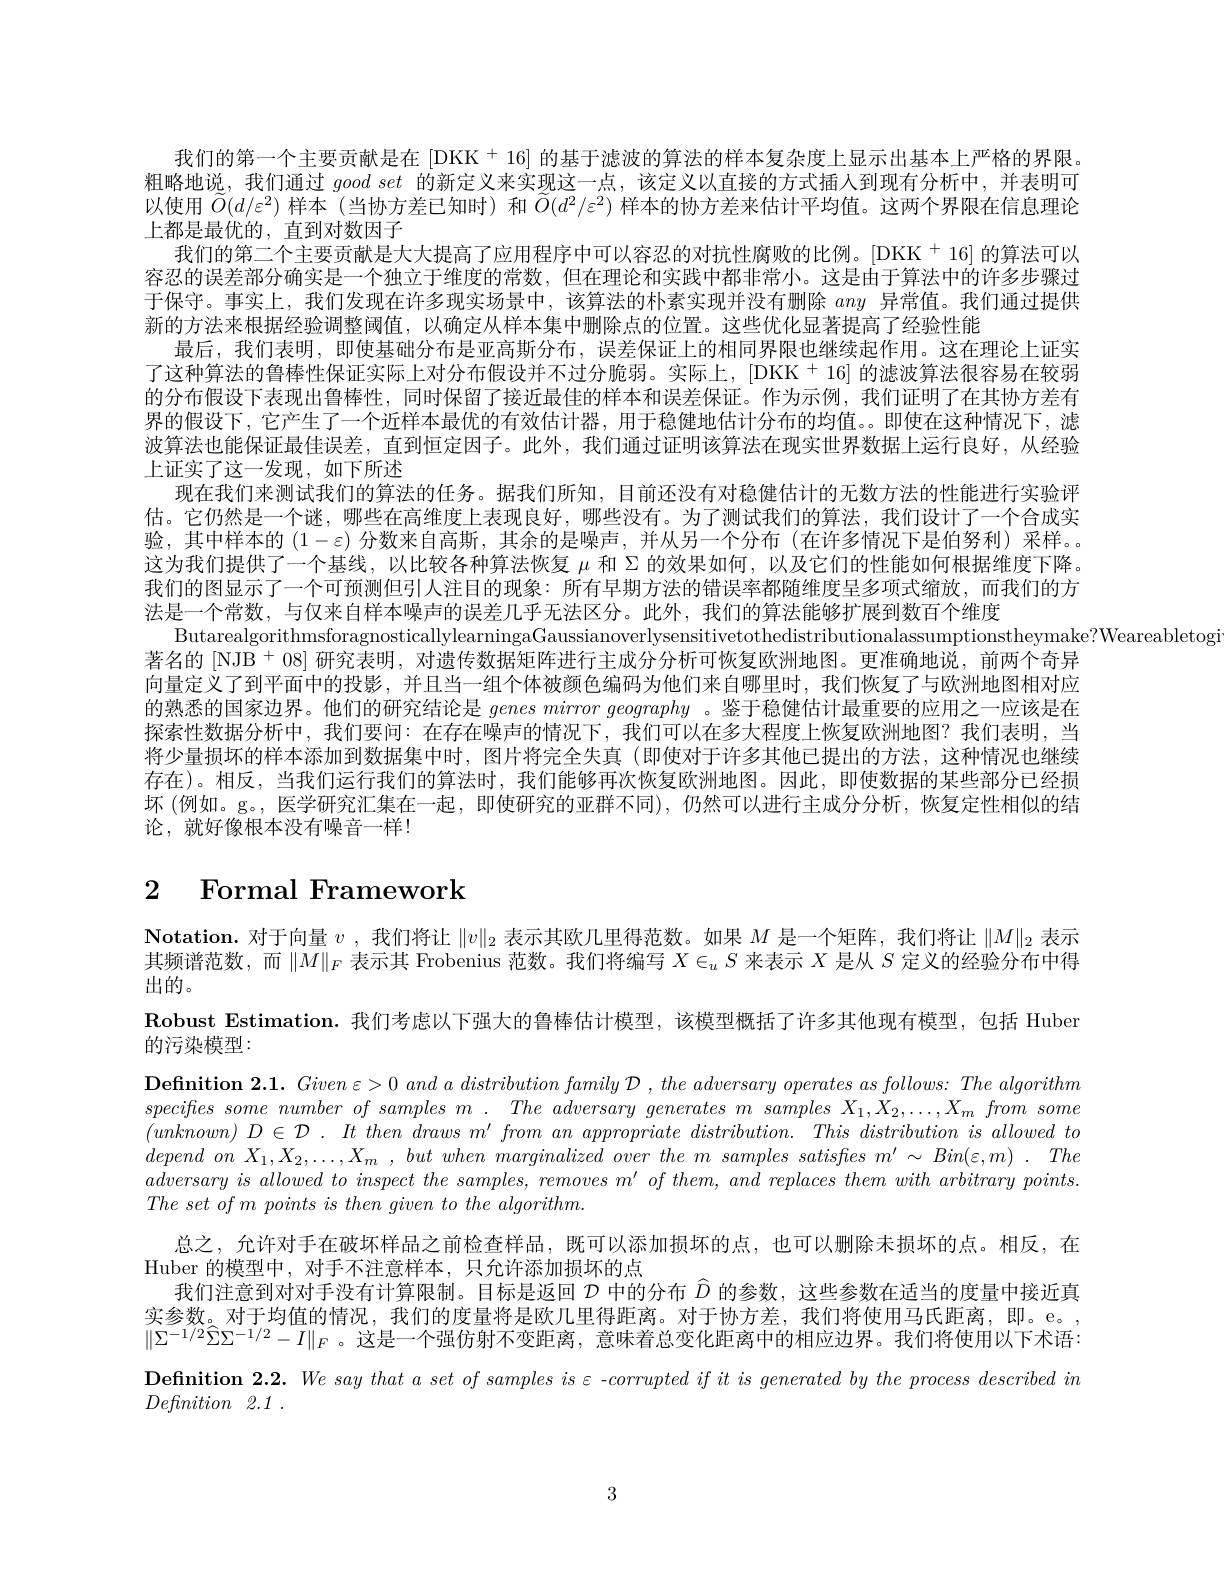
我们的第一个主要贡献是在 [DKK + 16] 的基于滤波的算法的样本复杂度上显示出基本上严格的界限。粗略地说，我们通过good set 的新定义来实现这一点，该定义以直接的方式插人到现有分析中，并表明可以使用$\widetilde{O}(d/\varepsilon^2)$样本 (当协方差已知时)和$\widetilde{O}(d^2/\varepsilon^2)$样本的协方差来估计平均值。这两个界限在信息理论上都是最优的，直到对数因子
$我们的第二个主要贡献是大大提高了应用程序中可以容忍的对抗性腐败的比例。[DKK^{+}16] 的算法可以$ 容忍的误差部分确实是一个独立于维度的常数，但在理论和实践中都非常小。这是由于算法中的许多步骤过于保守。事实上，我们发现在许多现实场景中，该算法的朴素实现并没有删除any异常值。我们通过提供新的方法来根据经验调整阈值，以确定从样本集中删除点的位置。这些优化显著提高了经验性能
最后，我们表明，即使基础分布是亚高斯分布，误差保证上的相同界限也继续起作用。这在理论上证实$了这种算法的鲁棒性保证实际上对分布假设并不过分脆弱。实际上，[DKK^{+}16] 的滤波算法很容易在较弱$ 的分布假设下表现出鲁棒性，同时保留了接近最佳的样本和误差保证。作为示例，我们证明了在其协方差有界的假设下，它产生了一个近样本最优的有效估计器，用于稳健地估计分布的均值。。即使在这种情况下，滤波算法也能保证最佳误差，直到恒定因子。此外，我们通过证明该算法在现实世界数据上运行良好，从经验上证实了这一发现，如下所述
现在我们来测试我们的算法的任务。据我们所知，目前还没有对稳健估计的无数方法的性能进行实验评估。它仍然是一个谜，哪些在高维度上表现良好，哪些没有。为了测试我们的算法，我们设计了一个合成实验，其中样本的$(1-\varepsilon)$分数来自高斯，其余的是噪声，并从另一个分布 (在许多情况下是伯努利)采样。。这为我们提供了一个基线，以比较各种算法恢复$\mu$和$\Sigma$的效果如何，以及它们的性能如何根据维度下降。我们的图显示了一个可预测但引人注目的现象：所有早期方法的错误率都随维度呈多项式缩放，而我们的方法是一个常数，与仅来自样本噪声的误差几乎无法区分。此外，我们的算法能够扩展到数百个维度
ButarealgorithmsforagnosticallylearningaGaussianoverlysensitivetothedistributionalassumptionstheymake?Weareabletogitherationptionstheymake?Weareabletogitherationg (
著名的[NJB $^+08]$研究表明，对遗传数据矩阵进行主成分分析可恢复欧洲地图。更准确地说，前两个奇异向量定义了到平面中的投影，并且当一组个体被颜色编码为他们来自哪里时，我们恢复了与欧洲地图相对应的熟悉的国家边界。他们的研究结论是$genes\textit{ mirror geography 。鉴 于 稳 健 估 计 最 重 要 的 应 用 之 一 应 该 是 在 }$ 探索性数据分析中，我们要问：在存在噪声的情况下，我们可以在多大程度上恢复欧洲地图？我们表明，当将少量损坏的样本添加到数据集中时，图片将完全失真(即使对于许多其他已提出的方法，这种情况也继续存在)。相反，当我们运行我们的算法时，我们能够再次恢复欧洲地图。因此，即使数据的某些部分已经损坏 (例如。g。,医学研究汇集在一起，即使研究的亚群不同),仍然可以进行主成分分析，恢复定性相似的结论，就好像根本没有噪音一样！

# 2 Formal Framework

$\textbf{Notation. 对 于 向 量 }v$ ,我们将让$\|v\|_2$表示其欧几里得范数。如果$M$是一个矩阵，我们将让$\|M\|_2$表示其频谱范数，而$\|M\|_F$表示其 Frobenius 范数。我们将编写$X\in_uS$来表示$X$是从$S$定义的经验分布中得出的。
Robust Estimation. 我们考虑以下强大的鲁棒估计模型，该模型概括了许多其他现有模型，包括 Huber

的污染模型：
$\textbf{Definition 2. 1. }Given\varepsilon > 0$ and $a\textit{ distribution family D , the adversary operates as follows: The algorithm}$ $specifessomenumberofsamplesm.TheadversarygeneratesmsamplesX_1,X_2,\ldots,X_mfromsome$ $( unknoun) D\in \mathcal{D} . It$ then draws $m^{\prime }$ from $an$ appropriate $distribution.$ This distribution $is$ allowed $to$ adversary $is$ $allowed\textit{ to inspect the samples, removes m' of them, and replaces them with arbitrary points. }$ $The\textit{ set of m points is then given to the algorithm}$
总之，允许对手在破坏样品之前检查样品，既可以添加损坏的点，也可以删除未损坏的点。相反，在
Huber 的模型中，对手不注意样本，只允许添加损坏的点
我们注意到对对手没有计算限制。目标是返回$\mathcal{D}$中的分布$\hat{D}$的参数，这些参数在适当的度量中接近真实参数。对于均值的情况，我们的度量将是欧几里得距离。对于协方差，我们将使用马氏距离，即。e。, $\|\Sigma^{-1/2}\widehat{\Sigma}\Sigma^{-1/2}-I\|_F$ 。这是一个强仿射不变距离，意味着总变化距离中的相应边界。我们将使用以下术语： Definition 2.1 .

3